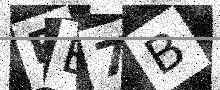
Text: RE7B